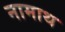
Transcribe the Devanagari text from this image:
नामाथ